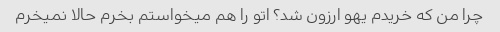
چرا من که خریدم یهو ارزون شد؟ اتو را هم میخواستم بخرم حالا نمیخرم